NAE_ERA_R-2324_Eesti_Vabariigi_Pohiseaduslik_Assamblee, lk 28
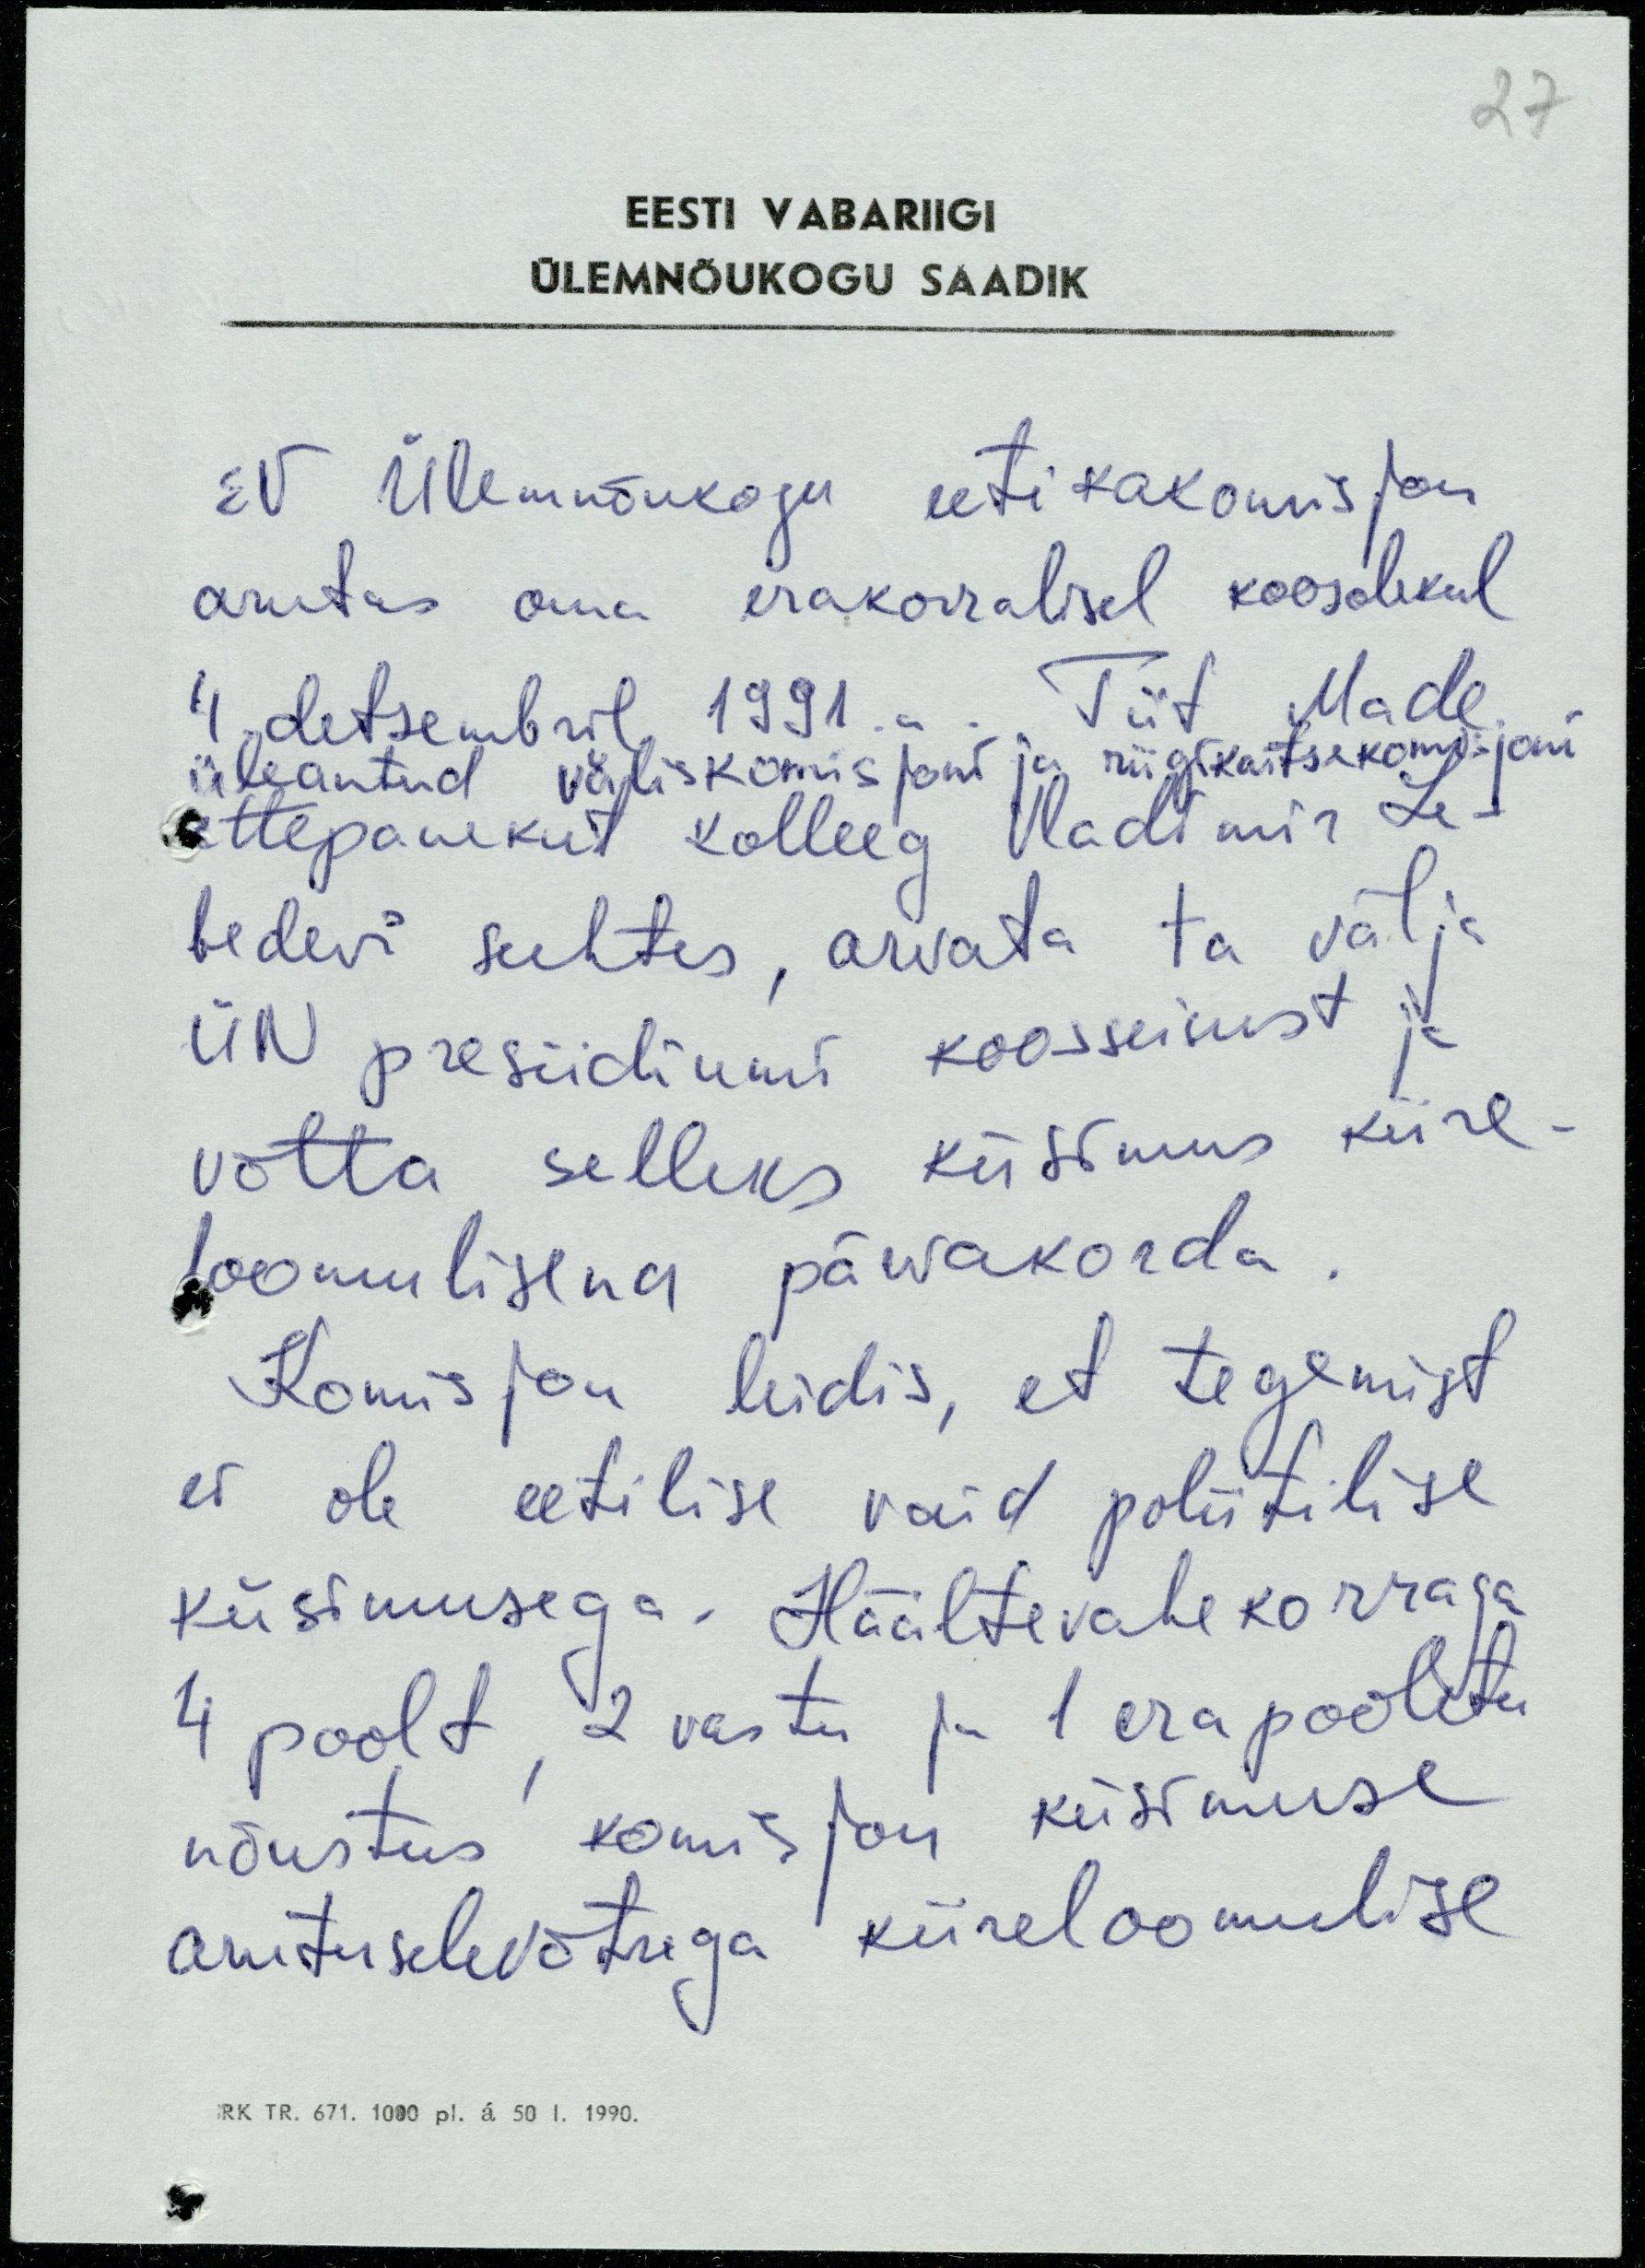
27

EESTI VABARIIGI
ÜLEMNÕUKOGU SAADIK
EV Ülemnõukogu eetikakomisjon
arutas oma erakorralisel koosolekul
4. detsembril 1991.a. Tiit Made
üleantud väliskomisjoni ja riigikaitsekomisjoni
ettepanekut kolleeg Vladimir Le-
bedevi suhtes, arvata ta välja
ÜN presiidiumi koosseisust ja
võtta selleks küsimus kiire-
loomulisena päevakorda.
Komisjon leidis, et tegemist
ei ole eetilise vaid poliitilise
küsimusega. Häältevahekorraga
4 poolt, 2 vastu ja 1 erapooletu
nõustus komisjon küsimuse
arutuselevõtuga kiireloomulise
RK TR. 671. 1000 pl. á 50 I. 1990.